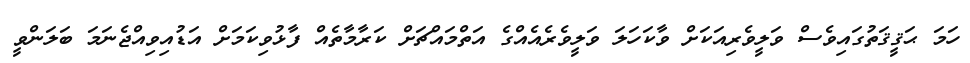
ހަމަ ޙަޤީޤަތުގައިވެސް ވަލީވެރިއަކަށް ވާކަހަލަ ވަލީވެރެއެއްގެ އަތްމައްޗަށް ކަރާމާތެއް ފާޅުވިކަމަށް އަޑުއިވިއްޖެނަމަ ބަލަންވީ